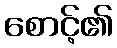
စောင့်၏